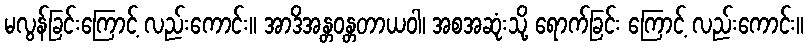
မလွန်ခြင်းကြောင့် လည်းကောင်း။ အာဒိအန္တဝန္တတာယဝါ၊ အစအဆုံးသို့ ရောက်ခြင်း ကြောင့် လည်းကောင်း။